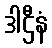
ဒါဌီနံ